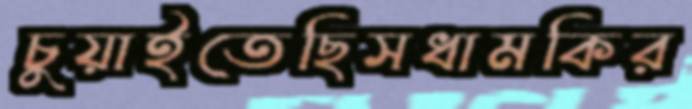
চুয়াইতেছিসধামকির